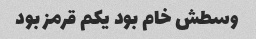
وسطش خام بود یکم قرمز بود